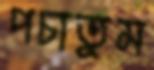
পচাতুম